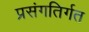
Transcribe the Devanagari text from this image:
प्रसंगतिर्गत